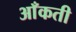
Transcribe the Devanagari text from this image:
आँकती